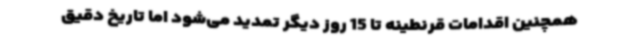
همچنین اقدامات قرنطینه تا 15 روز دیگر تمدید می‌شود اما تاریخ دقیق